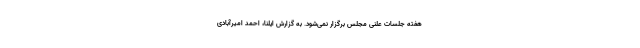
هفته جلسات علنی مجلس برگزار نمی‌شود. به گزارش ایلنا، احمد امیرآبادی